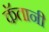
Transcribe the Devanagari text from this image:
कॅतानी